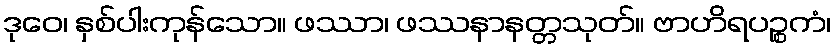
ဒုဝေ၊ နှစ်ပါးကုန်သော။ ဖဿာ၊ ဖဿနာနတ္တသုတ်။ ဗာဟိရပဉ္စကံ၊